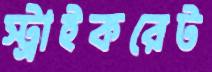
স্ট্রাইকরেট